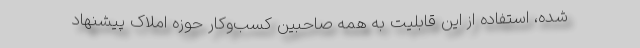
شده، استفاده از این قابلیت به همه صاحبین کسب‌وکار حوزه املاک پیشنهاد